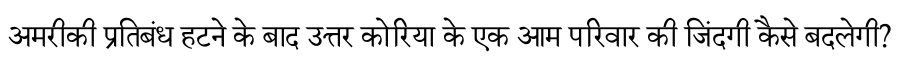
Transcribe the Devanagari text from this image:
अमरीकी प्रतिबंध हटने के बाद उत्तर कोरिया के एक आम परिवार की जिंदगी कैसे बदलेगी?